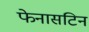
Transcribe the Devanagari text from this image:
फेनासटिन